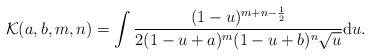
LaTeX: \begin{align*}\mathcal{K}(a, b, m, n) = \int \frac{(1-u)^{m + n - \frac{1}{2}}}{2(1 - u + a)^{m} (1 - u + b)^{n} \sqrt{u}} {\rm d}u. \end{align*}